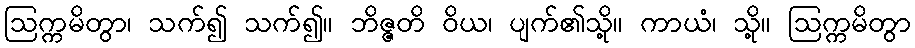
ဩက္ကမိတွာ၊ သက်၍ သက်၍။ ဘိဇ္ဇတိ ဝိယ၊ ပျက်၏သို့။ ကာယံ၊ သို့။ ဩက္ကမိတွာ